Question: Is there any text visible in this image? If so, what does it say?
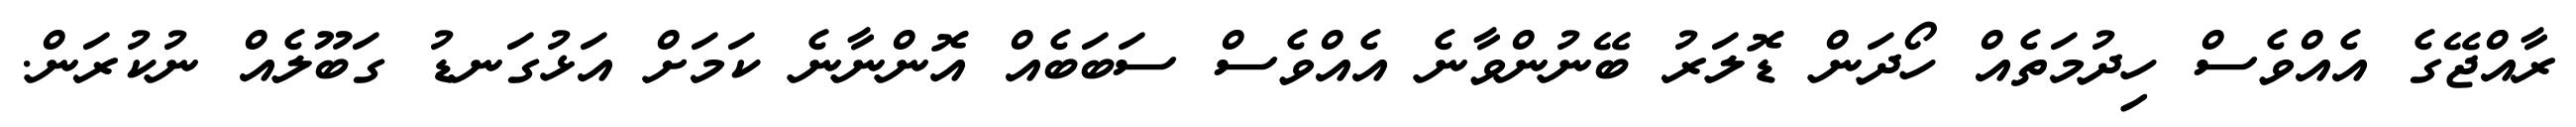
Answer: ރާއްޖޭގެ އެއްވެސް ހިދުމަތެއް ހޯދަން ޑޮލަރު ބޭނުންވާނެ އެއްވެސް ސަބަބެއް އޮންނާނެ ކަމަށް އަޅުގަނޑު ގަބޫލެއް ނުކުރަން.